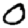
Digit: 0